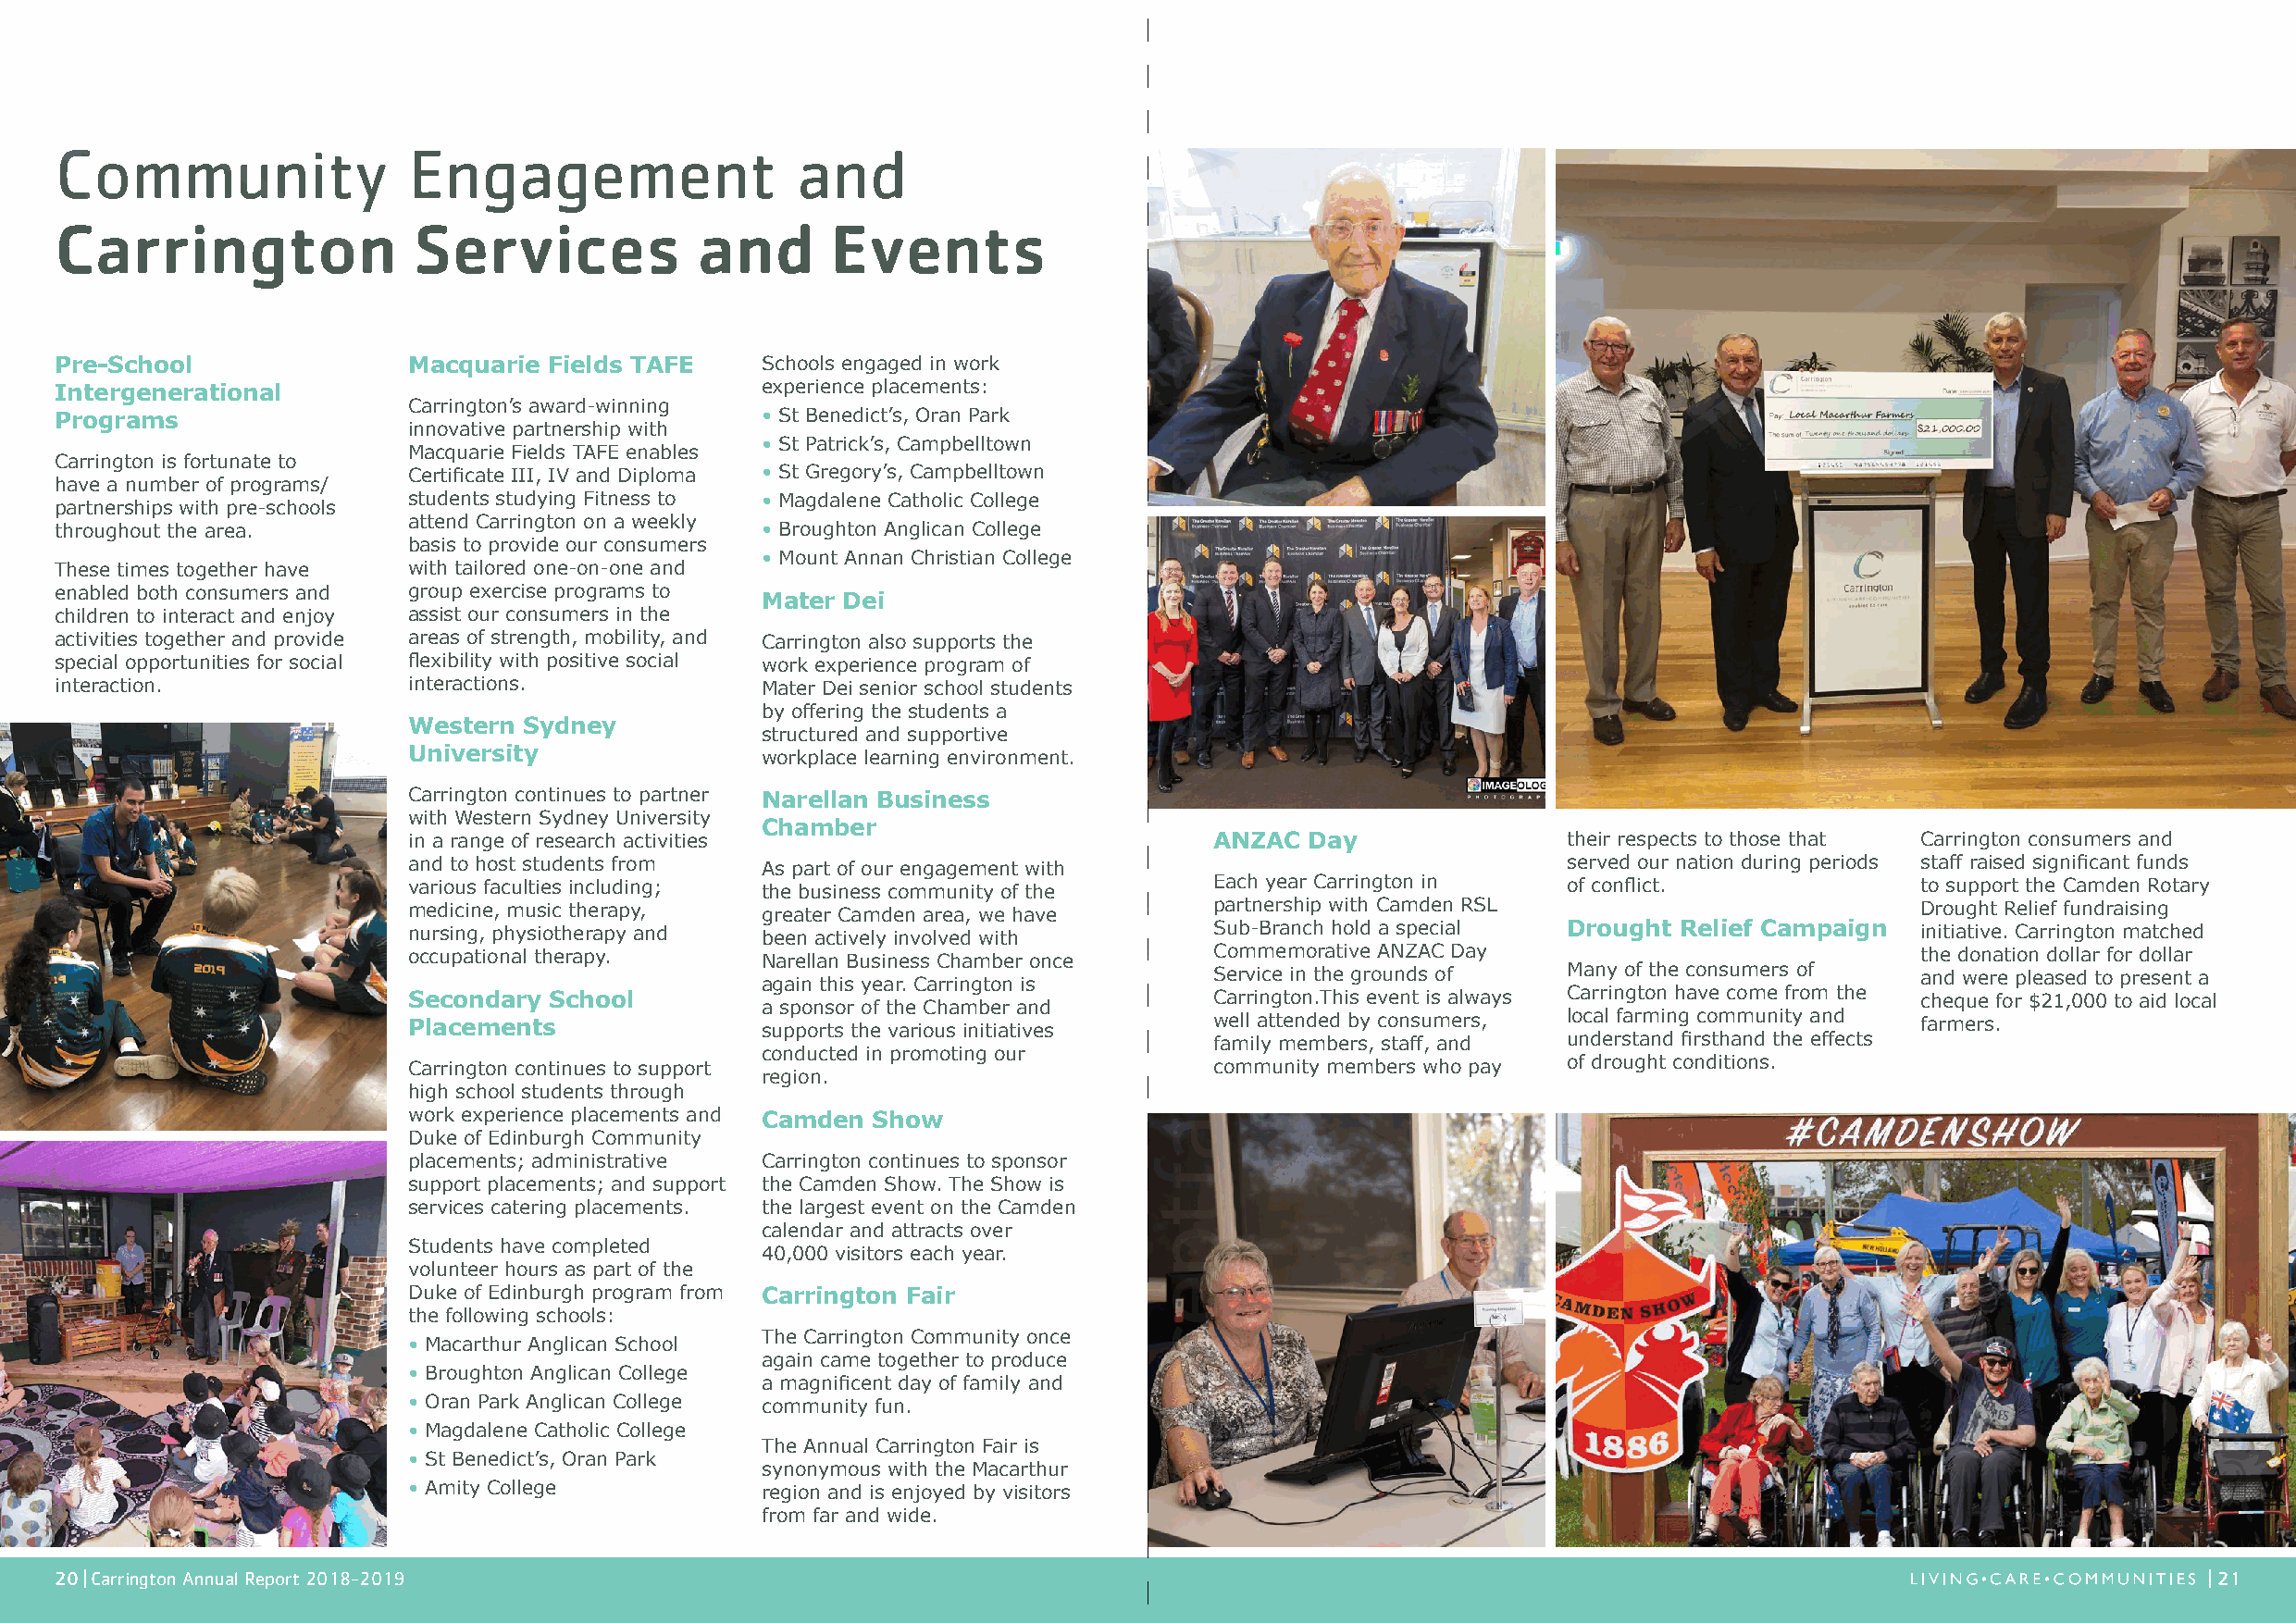
Community                Engagement                  and
 Carrington                Services            and      Events
 Pre-School               Macquarie Fields TAFE    Schools engaged in work
 Intergenerational                                 experience placements:
 Carrington’s award-winning
 Programs                                          • St Benedict’s, Oran Park
 innovative partnership with
 • St Patrick’s, Campbelltown
 Macquarie Fields TAFE enables
 Carrington is fortunate to Certificate III, IV and Diploma • St Gregory’s, Campbelltown
 have a number of programs/
 students studying Fitness to • Magdalene Catholic College
 partnerships with pre-schools
 attend Carrington on a weekly
 throughout the area.                              • Broughton Anglican College
 basis to provide our consumers
 • Mount Annan Christian College
 These times together have with tailored one-on-one and
 enabled both consumers and group exercise programs to
 Mater Dei
 children to interact and enjoy assist our consumers in the
 activities together and provide areas of strength, mobility, and Carrington also supports the
 special opportunities for social flexibility with positive social work experience program of
 interaction.             interactions.            Mater Dei senior school students
 by offering the students a
 Western Sydney
 structured and supportive
 University               workplace learning environment.
 Carrington continues to partner Narellan Business
 with Western Sydney University
 Chamber
 in a range of research activities                         ANZAC  Day               their respects to those that Carrington consumers and
 and to host students from As part of our engagement with                           served our nation during periods staff raised significant funds
 various faculties including; the business community of the Each year Carrington in of conflict.             to support the Camden Rotary
 medicine, music therapy, greater Camden area, we have     partnership with Camden RSL                       Drought Relief fundraising
 nursing, physiotherapy and been actively involved with    Sub-Branch hold a special Drought Relief Campaign initiative. Carrington matched
 occupational therapy.    Narellan Business Chamber once   Commemorative ANZAC Day                           the donation dollar for dollar
 Service in the grounds of Many of the consumers of and were pleased to present a
 again this year. Carrington is
 Secondary School                                          Carrington.This event is always Carrington have come from the cheque for $21,000 to aid local
 a sponsor of the Chamber and
 Placements               supports the various initiatives well attended by consumers, local farming community and farmers.
 family members, staff, and understand firsthand the effects
 conducted in promoting our
 Carrington continues to support                           community members who pay of drought conditions.
 region.
 high school students through
 work experience placements and Camden Show
 Duke of Edinburgh Community
 placements; administrative Carrington continues to sponsor
 support placements; and support the Camden Show. The Show is
 services catering placements. the largest event on the Camden
 calendar and attracts over
 Students have completed
 40,000 visitors each year.
 volunteer hours as part of the
 Duke of Edinburgh program from Carrington Fair
 the following schools:
 The Carrington Community once
 • Macarthur Anglican School
 again came together to produce
 • Broughton Anglican College
 a magnificent day of family and
 • Oran Park Anglican College community fun.
 • Magdalene Catholic College
 The Annual Carrington Fair is
 • St Benedict’s, Oran Park
 synonymous with the Macarthur
 • Amity College          region and is enjoyed by visitors
 from far and wide.
 20 | Carrington Annual Report 2018-2019                                                                                                                   | 21
 9102
 9102
 9102
 9102